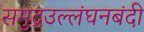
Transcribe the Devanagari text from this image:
समुद्रउल्लंघनबंदी